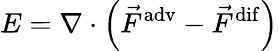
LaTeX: E=\nabla\cdot\left(\vec{F}^{\mathrm{adv}}-\vec{F}^{\mathrm{dif}}\right)